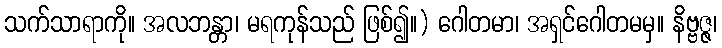
သက်သာရာကို။ အလဘန္တာ၊ မရကုန်သည် ဖြစ်၍။) ဂေါတမာ၊ အရှင်ဂေါတမမှ။ နိဗ္ဗဇ္ဇ၊